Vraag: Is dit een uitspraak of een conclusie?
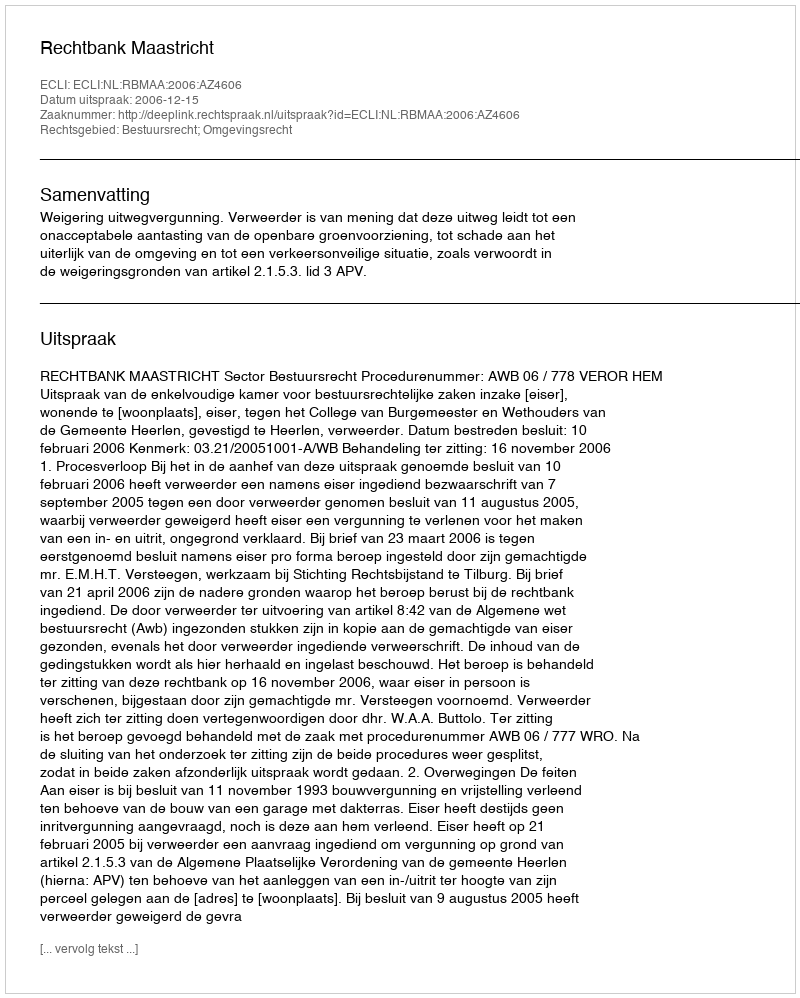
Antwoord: Uitspraak